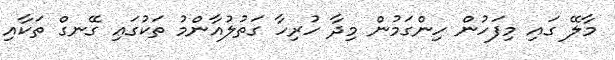
މާލޭ ގައި މިފަހުން ހިންގަމުން މިދާ ހުރިހާ ގަތުލުއާންމު ތަކުގައި ގޭނގް ތަކާއި